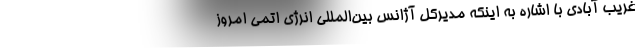
غریب آبادی با اشاره به اینکه مدیرکل آژانس بین‌المللی انرژی اتمی امروز